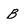
Character: B